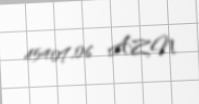
45407,06 AZN